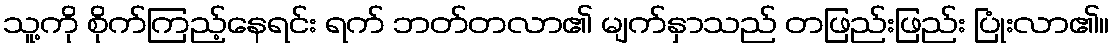
သူ့ကို စိုက်ကြည့်နေရင်း ရက် ဘတ်တလာ၏ မျက်နှာသည် တဖြည်းဖြည်း ပြုံးလာ၏။